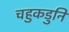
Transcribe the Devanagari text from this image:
चहुकडुनि